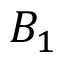
B _ { 1 }